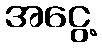
အငွေ့